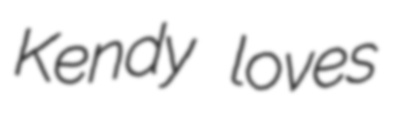
Kendy loves